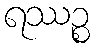
ရဿဉ္စ